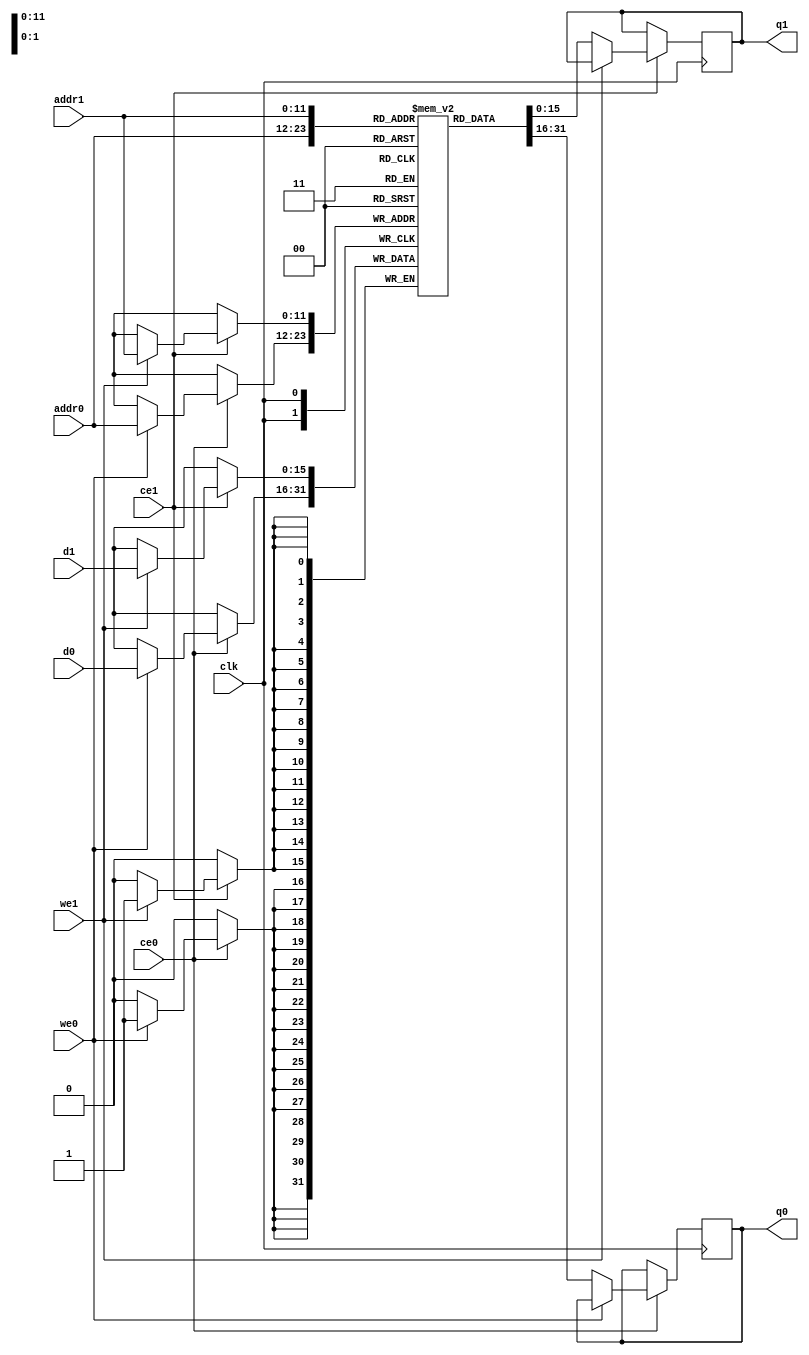
`timescale 1 ns / 1 ps
module true_sync_dpbram (
	clk, 
	addr0, 
	ce0, 
	we0, 
	q0, 
	d0, 
	addr1, 
	ce1, 
	we1,
	q1, 
	d1
);

parameter DWIDTH = 16;
parameter AWIDTH = 12;
parameter MEM_SIZE = 3840;

input clk;

input[AWIDTH-1:0] addr0;
input ce0;
input we0;
output reg[DWIDTH-1:0] q0;
input[DWIDTH-1:0] d0;

input[AWIDTH-1:0] addr1;
input ce1;
input we1;
output reg[DWIDTH-1:0] q1;
input[DWIDTH-1:0] d1;

(* ram_style = "block" *)reg [DWIDTH-1:0] ram[0:MEM_SIZE-1];

always @(posedge clk)  
begin 
    if (ce0) begin
        if (we0) 
            ram[addr0] <= d0;
		else
        	q0 <= ram[addr0];
    end
end

always @(posedge clk)  
begin 
    if (ce1) begin
        if (we1) 
            ram[addr1] <= d1;
		else
        	q1 <= ram[addr1];
    end
end

endmodule